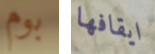
بوم ايقافها